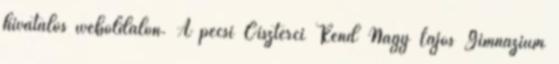
hivatalos weboldalon. A pécsi Ciszterci Rend Nagy Lajos Gimnázium